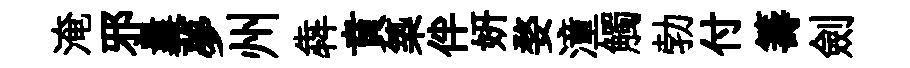
淹邪曩夢州犇賁築伴妍婺潼觸勃付籌劍